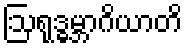
ဩရုဒ္ဓမ္ဘာဂိယာတိ